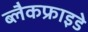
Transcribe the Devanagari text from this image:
ब्लैकफ्राइडे